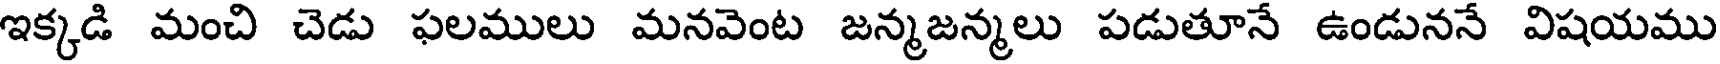
ఇక్కడి మంచి చెడు ఫలములు మనవెంట జన్మజన్మలు పడుతూనే ఉండుననే విషయము